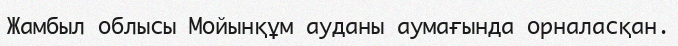
Жамбыл облысы Мойынқұм ауданы аумағында орналасқан.